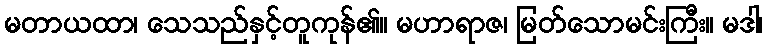
မတာယထာ၊ သေသည်နှင့်တူကုန်၏။ မဟာရာဇ၊ မြတ်သောမင်းကြီး။ မဒါ၊